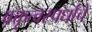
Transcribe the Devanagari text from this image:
वक्तृत्वस्पर्धांचे